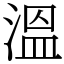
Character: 溫